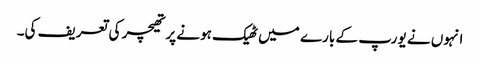
انہوں نے یورپ کے بارے میں ٹھیک ہونے پر تھیچر کی تعریف کی۔